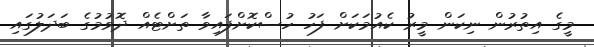
މީގެ އިތުރުން ނިކަން މީރު ކެއުމަކަށް ފަހު ހުސްކޮށްފައިވާ ތަށްޓެއް ދޮވުމުގެ ބަދަލުގައި